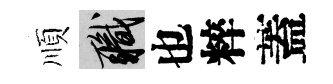
順職也粹蓋